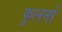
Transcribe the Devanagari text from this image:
फूलनों